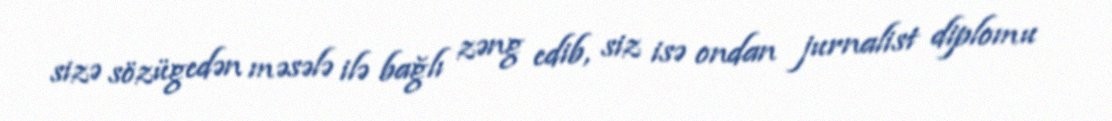
sizə sözügedən məsələ ilə bağlı zəng edib, siz isə ondan jurnalist diplomu